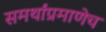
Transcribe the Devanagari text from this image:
समर्थांप्रमाणेच